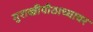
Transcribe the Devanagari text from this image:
गुराखीपीठाच्यावर